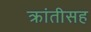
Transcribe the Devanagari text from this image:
क्रांतीसह